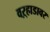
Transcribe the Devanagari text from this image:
वऱ्हाडावर